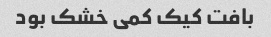
بافت کیک کمی خشک بود